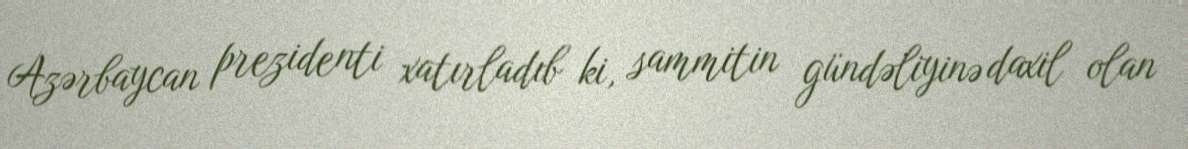
Azərbaycan prezidenti xatırladıb ki, sammitin gündəliyinə daxil olan